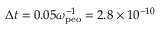
\Delta t = 0 . 0 5 \omega _ { \mathrm { p e o } } ^ { - 1 } = 2 . 8 \times 1 0 ^ { - 1 0 }